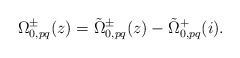
\begin{align*}\Omega^{\pm}_{0,pq}(z)=\tilde\Omega^{\pm}_{0,pq}(z)-\tilde\Omega^{+}_{0,pq}(i).\end{align*}